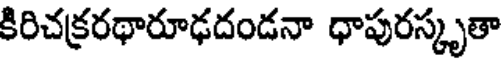
కిరిచక్రరథారూఢదండనా ధాపురస్కృతా